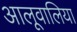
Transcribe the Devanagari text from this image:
आलूवालिया